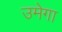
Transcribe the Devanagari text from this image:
उमेगा